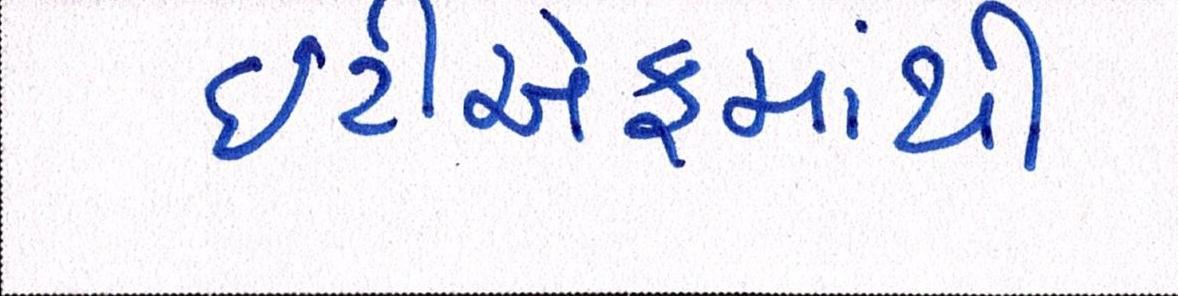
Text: ઇટીએફમાંથી